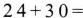
$$24+30= $$